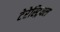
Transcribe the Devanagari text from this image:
टेरेस्‍ट्रियल